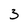
Character: 3